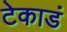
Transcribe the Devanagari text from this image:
टेकाडं